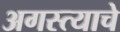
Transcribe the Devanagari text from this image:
अगस्त्याचे